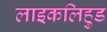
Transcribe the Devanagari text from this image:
लाइकलिहुड